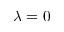
\lambda = 0